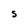
Character: S